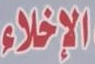
الإخلاء